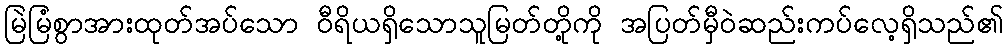
မြဲမြံစွာအားထုတ်အပ်သော ဝီရိယရှိသောသူမြတ်တို့ကို အပြတ်မှီဝဲဆည်းကပ်လေ့ရှိသည်၏